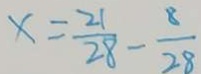
x = \frac { 2 1 } { 2 8 } - \frac { 8 } { 2 8 }